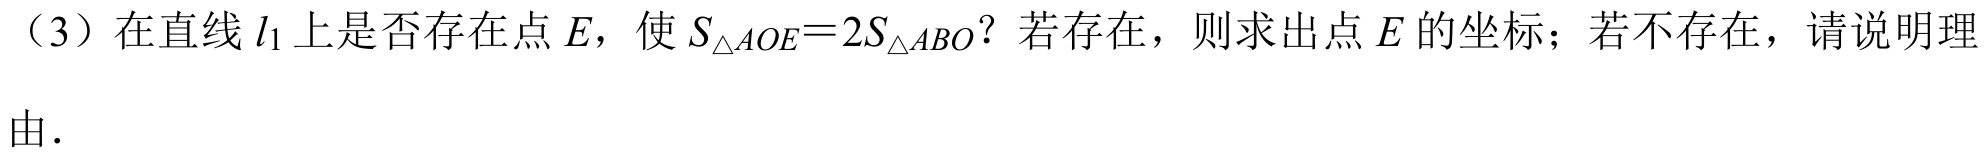
（3）在直线 \(l_1\) 上是否存在点 \(E\)，使 \(S_{\triangle AOE}=2S_{\triangle ABO}\)？若存在，则求出点 \(E\) 的坐标；若不存在，请说明理由.